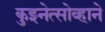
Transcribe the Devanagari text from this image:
कुझ्नेत्सोव्हाने